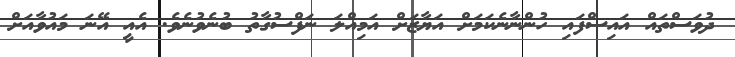
ދުވަސްތައް އައިސްފައި ހުންނާނެކަމަށް އަޔާޒަށް އަމިއްލަ ނަފްސުގާތު ބުނެވުނެވެ. އެއީ އޭނަ މައުވާއަށް